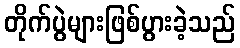
တိုက်ပွဲများဖြစ်ပွားခဲ့သည်